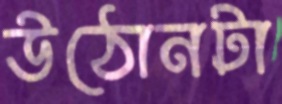
উঠোনটা